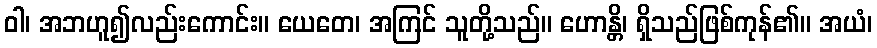
ဝါ၊ အဘဟူ၍လည်းကောင်း။ ယေတေ၊ အကြင် သူတို့သည်။ ဟောန္တိ၊ ရှိသည်ဖြစ်ကုန်၏။ အယံ၊